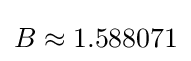
B\approx 1.588071